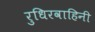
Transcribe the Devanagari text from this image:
रुधिरवाहिनी